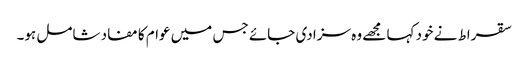
سقراط نے خود کہا مجھے وہ سزا دی جائے جس میں عوام کا مفاد شامل ہو۔